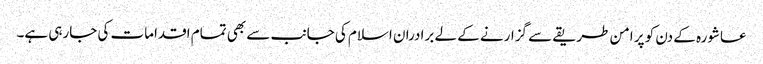
عاشورہ کے دن کو پر امن طریقے سے گزارنے کے لے برادران اسلام کی جانب سے بھی تمام اقدامات کی جارہی ہے۔